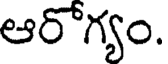
ఆరోగ్యం.